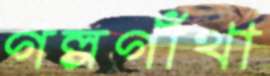
গল্পগাঁথা